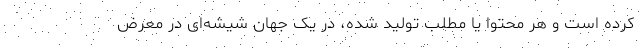
کرده است و هر محتوا یا مطلب تولید شده، در یک جهان شیشه‌ای در معرض